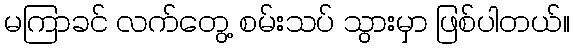
မကြာခင် လက်တွေ့ စမ်းသပ် သွားမှာ ဖြစ်ပါတယ်။